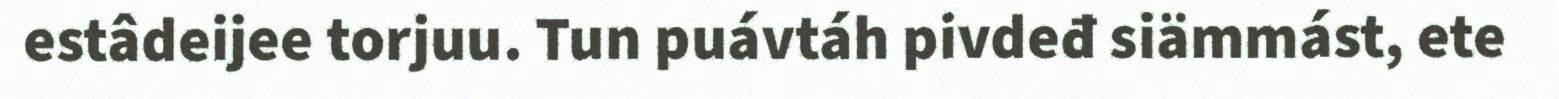
estâdeijee torjuu. Tun puávtáh pivdeđ siämmást, ete